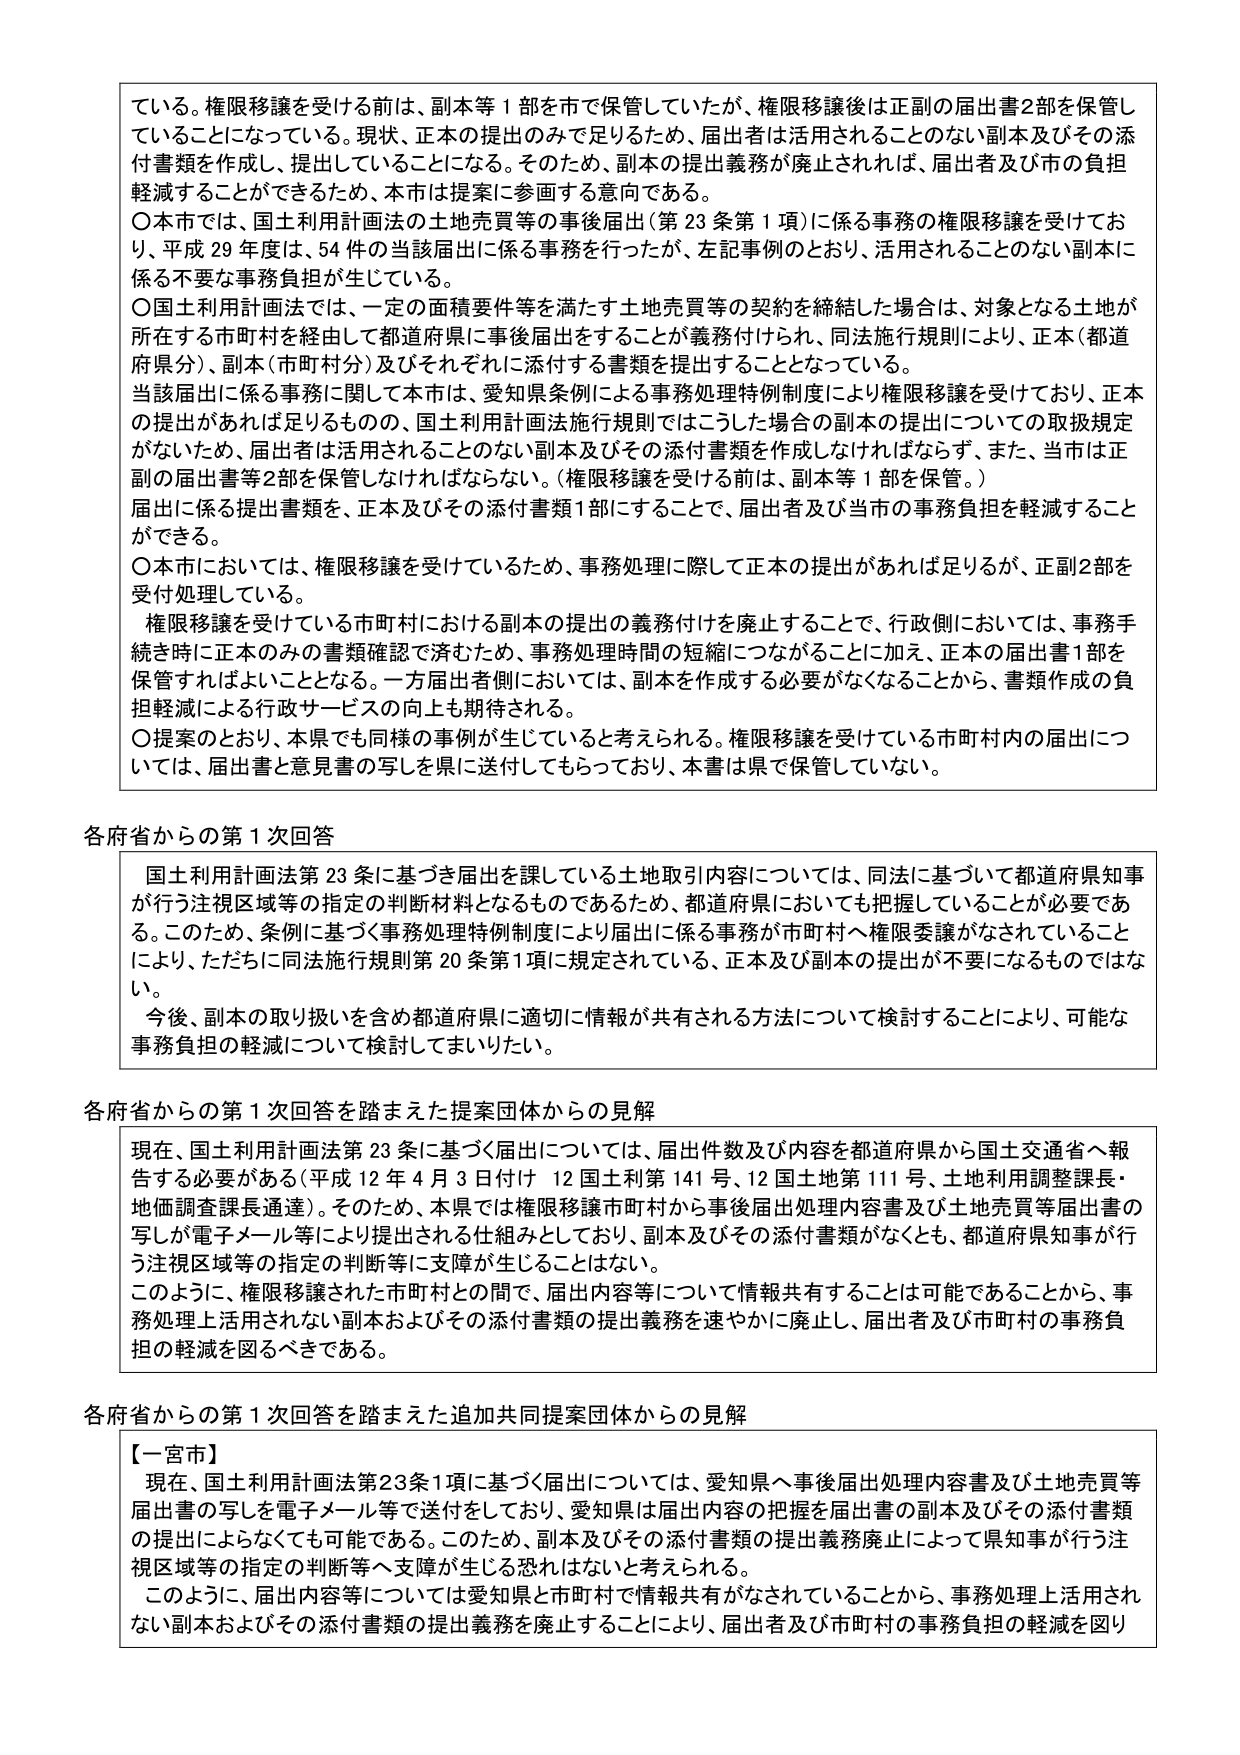
ている。権限移譲を受ける前は、副本等１部を市で保管していたが、権限移譲後は正副の届出書２部を保管していることになっている。現状、正本の提出のみで足りるため、届出者は活用されることのない副本及びその添付書類を作成し、提出していることになる。そのため、副本の提出義務が廃止されれば、届出者及び市の負担軽減することができるため、本市は提案に参画する意向である。

〇本市では、国土利用計画法の土地売買等の事後届出（第23条第1項）に係る事務の権限移譲を受けており、平成29年度は、54件の当該届出に係る事務を行ったが、左記事例のとおり、活用されることのない副本に係る不要な事務負担が生じている。

〇国土利用計画法では、一定の面積要件等を満たす土地売買等の契約を締結した場合は、対象となる土地が所在する市町村を経由して都道府県に事後届出をすることが義務付けられ、同法施行規則により、正本（都道府県分）、副本（市町村分）及びそれぞれに添付する書類を提出することとなっている。

当該届出に係る事務に関して本市は、愛知県条例による事務処理特例制度により権限移譲を受けており、正本の提出があれば足りるもの、国土利用計画法施行規則ではこうした場合の副本の提出についての取扱規定がないため、届出者は活用されることのない副本及びその添付書類を作成しなければならず、また、当市は正副の届出書等2部を保管しなければならない。（権限移譲を受ける前は、副本等1部を保管。）

届出に係る提出書類を、正本及びその添付書類1部にすることで、届出者及び当市の事務負担を軽減することができる。

〇本市においては、権限移譲を受けているため、事務処理に際して正本の提出があれば足りるが、正副2部を受付処理している。

権限移譲を受けている市町村における副本の提出の義務付けを廃止することで、行政側においては、事務手続き時に正本のみの書類確認で済むため、事務処理時間の短縮につながることに加え、正本の届出書1部を保管すればよいこととなる。一方届出者側においては、副本を作成する必要がなくなることから、書類作成の負担軽減による行政サービスの向上も期待される。

〇提案のとおり、本県でも同様の事例が生じていると考えられる。権限移譲を受けている市町村内の届出については、届出書と意見書の写しを県に送付してもらっており、本書は県で保管していない。

各府省からの第1次回答

国土利用計画法第23条に基づき届出を課している土地取引内容については、同法に基づいて都道府県知事が行う注視区域等の指定の判断材料となるものであるため、都道府県においても把握していることが必要である。このため、条例に基づく事務処理特例制度により届出に係る事務が市町村へ権限委譲がなされていることにより、ただちに同法施行規則第20条第1項に規定されている、正本及び副本の提出が不要になるものではない。

今後、副本の取り扱いを含め都道府県に適切に情報が共有される方法について検討することにより、可能な事務負担の軽減について検討してまいりたい。

各府省からの第1次回答を踏まえた提案団体からの見解

現在、国土利用計画法第23条に基づく届出については、届出件数及び内容を都道府県から国土交通省へ報告する必要がある（平成12年4月3日付け 12国土財第141号、12国土地第111号、土地利用調整課長・地価調査課長通達）。そのため、本県では権限移譲市町村から事後届出処理内容書及び土地売買等届出書の写しが電子メール等により提出される仕組みとしており、副本及びその添付書類がなくとも、都道府県知事が行う注視区域等の指定の判断等に支障が生じることはない。

このように、権限移譲された市町村との間で、届出内容等について情報共有することは可能であることから、事務処理上活用されない副本およびその添付書類の提出義務を速やかに廃止し、届出者及び市町村の事務負担の軽減を図るべきである。

各府省からの第1次回答を踏まえた追加共同提案団体からの見解

【一宮市】

現在、国土利用計画法第23条1項に基づく届出については、愛知県へ事後届出処理内容書及び土地売買等届出書の写しを電子メール等で送付をしており、愛知県は届出内容の把握を届出書の副本及びその添付書類の提出によらなくても可能である。このため、副本及びその添付書類の提出義務廃止によって県知事が行う注視区域等の指定の判断等へ支障が生じる恐れはないと考えられる。

このように、届出内容等については愛知県と市町村で情報共有がなされていることから、事務処理上活用されない副本およびその添付書類の提出義務を廃止することにより、届出者及び市町村の事務負担の軽減を図り